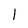
Character: 1